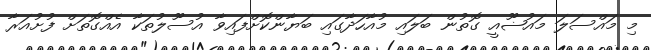
މި މައްސަލަ މައުޟޫއީ ގޮތުން ބަލައި މުއާހަދާގައި ބަޔާންކޮށްފައިވާ އުސޫލުތަކާ އެއްގޮތަށް ފުށުއަރާ